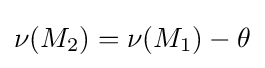
\nu (M_{2})=\nu (M_{1})-\theta